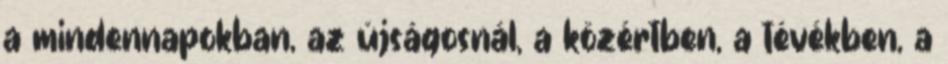
a mindennapokban, az újságosnál, a közértben, a tévékben, a